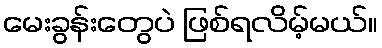
မေးခွန်းတွေပဲ ဖြစ်ရလိမ့်မယ်။